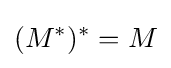
(M^{\ast })^{\ast }=M